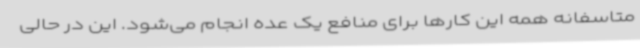
متاسفانه همه این کارها برای منافع یک عده انجام می‌شود. این در حالی